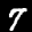
Label: 7